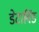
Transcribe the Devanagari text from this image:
डेटाविंड